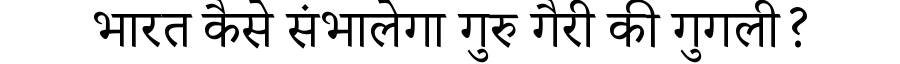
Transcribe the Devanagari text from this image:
भारत कैसे संभालेगा गुरु गैरी की गुगली?